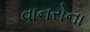
વાનરોના